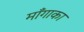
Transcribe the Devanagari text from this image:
माँगाका